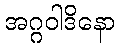
အဂ္ဂဝါဒိနော